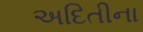
અદિતીના